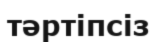
тәртіпсіз